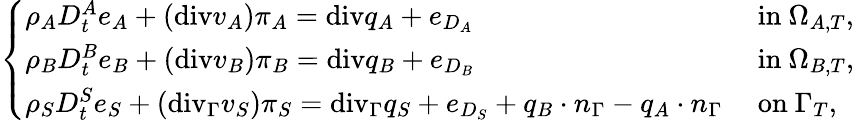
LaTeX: \left\{ \begin{array}{ll}{\rho_{A}D_{t}^{A}e_{A}+(\mathrm{{div}}v_{A})\pi_{A}={\mathrm{div}}q_{A}+e_{D_{A}}}&{\mathrm{~in~}\Omega_{A,T},}\\ {\rho_{B}D_{t}^{B}e_{B}+(\mathrm{{div}}v_{B})\pi_{B}={\mathrm{div}}q_{B}+e_{D_{B}}}&{\mathrm{~in~}\Omega_{B,T},}\\ {\rho_{S}D_{t}^{S}e_{S}+(\mathrm{{div}}_{\Gamma}v_{S})\pi_{S}={\mathrm{div}}_{\Gamma}q_{S}+e_{D_{S}}+q_{B}\cdot n_{\Gamma}-q_{A}\cdot n_{\Gamma}}&{\mathrm{~on~}\Gamma_{T},}\end{array}\right.